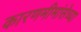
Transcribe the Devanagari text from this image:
कारणमीमांसेच्या